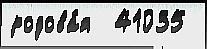
родова́я  41035